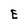
Character: E